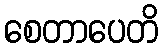
စေတာပေတိ